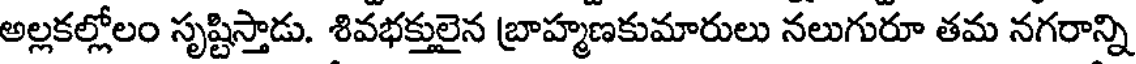
అల్లకల్లోలం సృష్టిస్తాడు. శివభక్తులైన బ్రాహ్మణకుమారులు నలుగురూ తమ నగరాన్ని